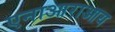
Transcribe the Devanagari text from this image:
एनाआराआय